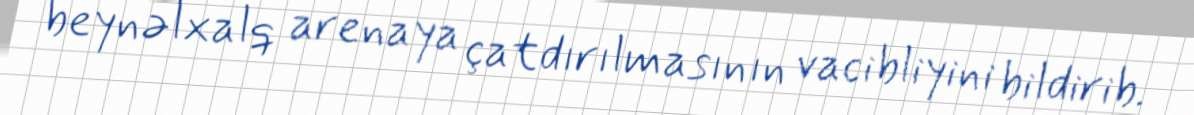
beynəlxalq arenaya çatdırılmasının vacibliyini bildirib.